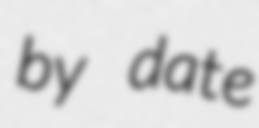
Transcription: by date